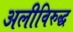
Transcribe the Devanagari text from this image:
अलीविरुद्ध